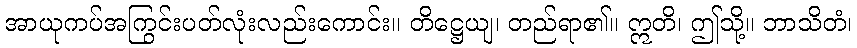
အာယုကပ်အကြွင်းပတ်လုံးလည်းကောင်း။ တိဋ္ဌေယျ၊ တည်ရာ၏။ ဣတိ၊ ဤသို့။ ဘာသိတံ၊